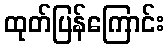
ထုတ်ပြန်ကြောင်း